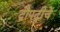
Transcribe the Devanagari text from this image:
द्रौपद्रीचे